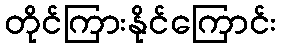
တိုင်ကြားနိုင်ကြောင်း